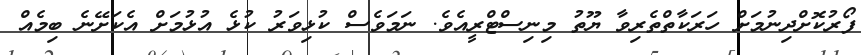
ފޯރުކޮށްދިނުމަށް ހަރަކާތްތެރިވާ ޔޫތު މިނިސްޓްރީއެވެ. ނަމަވެސް ކުޅިވަރު ކުޅެ އުޅުމަށް އެކަށޭނެ ބިމެއް